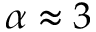
\alpha \approx 3